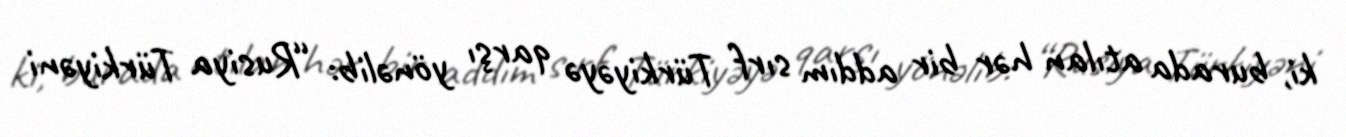
ki, burada atılan hər bir addım sırf Türkiyəyə qarşı yönəlib: “Rusiya Türkiyəni